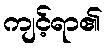
ကျင့်ရာ၏